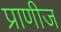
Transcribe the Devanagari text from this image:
प्राणीज